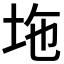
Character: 𡊇